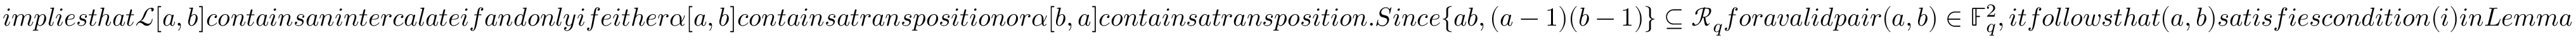
i m p l i e s t h a t \mathcal { L } [ a , b ] c o n t a i n s a n i n t e r c a l a t e i f a n d o n l y i f e i t h e r \alpha [ a , b ] c o n t a i n s a t r a n s p o s i t i o n o r \alpha [ b , a ] c o n t a i n s a t r a n s p o s i t i o n . S i n c e \{ a b , ( a - 1 ) ( b - 1 ) \} \subseteq \mathcal { R } _ { q } f o r a v a l i d p a i r ( a , b ) \in \mathbb { F } _ { q } ^ { 2 } , i t f o l l o w s t h a t ( a , b ) s a t i s f i e s c o n d i t i o n ( i ) i n L e m m a